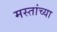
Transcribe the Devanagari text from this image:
मस्तांच्या